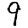
Digit: 9